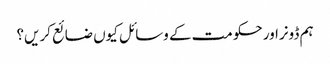
ہم ڈونراور حکومت کے وسائل کیوں ضائع کریں؟